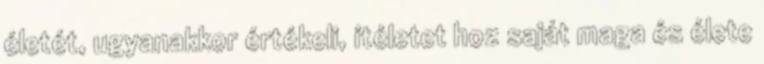
életét, ugyanakkor értékeli, ítéletet hoz saját maga és élete